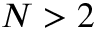
N > 2